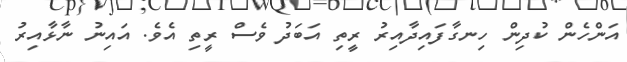
އަންހެން ކުދިން ހިނގާފައިދާއިރު ރީތި އަބަދު ވެސް ރީތި އެވެ. އައިނު ނާޅާއިރު